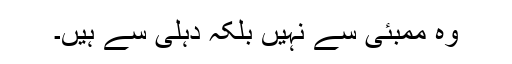
وہ ممبئی سے نہیں بلکہ دہلی سے ہیں۔